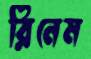
রিনেম